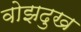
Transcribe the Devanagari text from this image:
वोझदुख